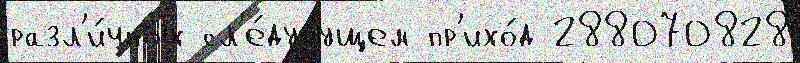
разл'и́чных сл'е́дуjущем пр'ихо́д 288070828